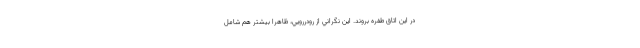
در اين اتاق طفره بروند. اين نگراني از رودررويي، ظاهرا بيشتر هم شامل